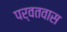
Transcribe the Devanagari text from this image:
पर्वतवास